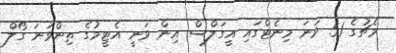
މެޗުގެ 51 ވަނަ މިނެޓްގައި އީގަލްސް އިން ވަނީ އެޓީމުގެ ތިންވަނަ ގޯލް